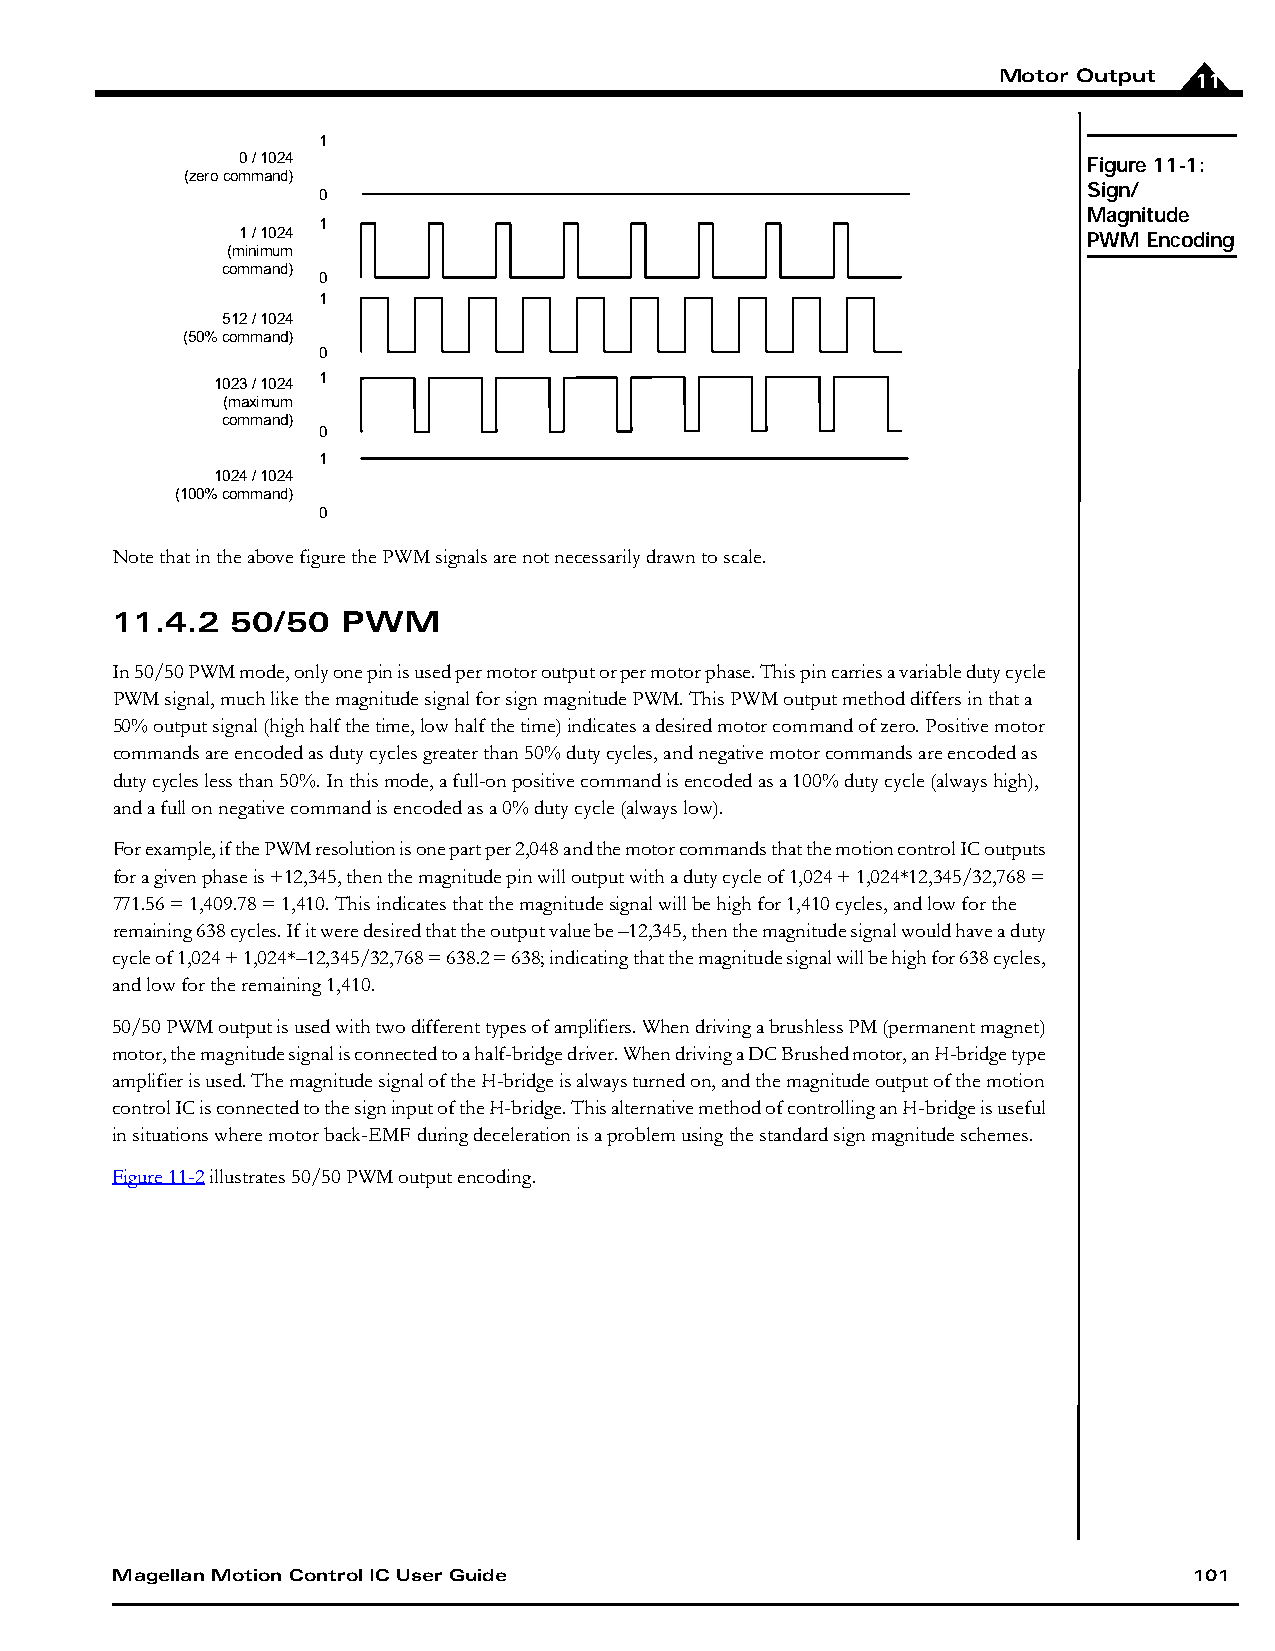
Motor Output 11
 1
 0 / 1024                                                Figure 11-1:
 (zero command)
 Sign/
 0
 Magnitude
 1
 1 / 1024                                                PWM Encoding
 (minimum
 command)
 0
 1
 512 / 1024
 (50% command)
 0
 1023 / 1024 1
 (maximum
 command)
 0
 1
 1024 / 1024
 (100% command)
 0
 Note that in the above figure the PWM signals are not necessarily drawn to scale.
 11.4.2  50/50   PWM
 In 50/50 PWM mode, only one pin is used per motor output or per motor phase. This pin carries a variable duty cycle
 PWM signal, much like the magnitude signal for sign magnitude PWM. This PWM output method differs in that a
 50% output signal (high half the time, low half the time) indicates a desired motor command of zero. Positive motor
 commands are encoded as duty cycles greater than 50% duty cycles, and negative motor commands are encoded as
 duty cycles less than 50%. In this mode, a full-on positive command is encoded as a 100% duty cycle (always high),
 and a full on negative command is encoded as a 0% duty cycle (always low).
 For example, if the PWM resolution is one part per 2,048 and the motor commands that the motion control IC outputs
 for a given phase is +12,345, then the magnitude pin will output with a duty cycle of 1,024 + 1,024*12,345/32,768 =
 771.56 = 1,409.78 = 1,410. This indicates that the magnitude signal will be high for 1,410 cycles, and low for the
 remaining 638 cycles. If it were desired that the output value be –12,345, then the magnitude signal would have a duty
 cycle of 1,024 + 1,024*–12,345/32,768 = 638.2 = 638; indicating that the magnitude signal will be high for 638 cycles,
 and low for the remaining 1,410.
 50/50 PWM output is used with two different types of amplifiers. When driving a brushless PM (permanent magnet)
 motor, the magnitude signal is connected to a half-bridge driver. When driving a DC Brushed motor, an H-bridge type
 amplifier is used. The magnitude signal of the H-bridge is always turned on, and the magnitude output of the motion
 control IC is connected to the sign input of the H-bridge. This alternative method of controlling an H-bridge is useful
 in situations where motor back-EMF during deceleration is a problem using the standard sign magnitude schemes.
 Figure11-2 illustrates 50/50 PWM output encoding.
 Magellan Motion Control IC User Guide                                   101